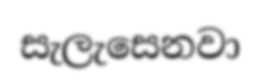
සැලැසෙනවා